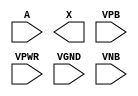
module sky130_fd_sc_ls__bufbuf (
    //# {{data|Data Signals}}
    input  A   ,
    output X   ,

    //# {{power|Power}}
    input  VPB ,
    input  VPWR,
    input  VGND,
    input  VNB
);
endmodule